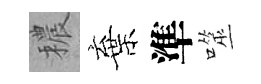
穠棄準噬